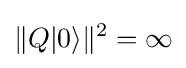
\|Q|0\rangle \|^{2}=\infty